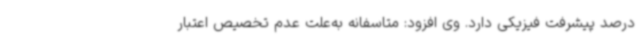
درصد پیشرفت فیزیکی دارد. وی افزود: متاسفانه به‌علت عدم تخصیص اعتبار